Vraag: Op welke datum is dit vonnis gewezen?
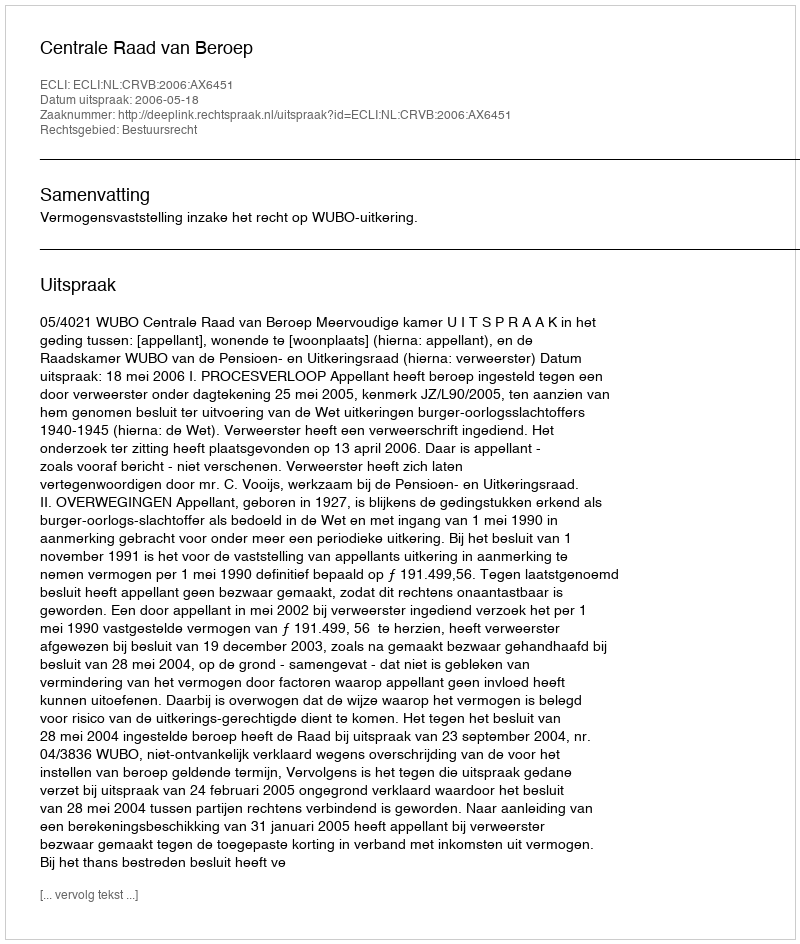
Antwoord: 2006-05-18